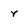
Character: r